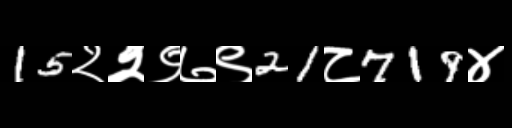
Text: 15२२९७९21८719४